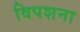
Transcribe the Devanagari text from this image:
विपशना